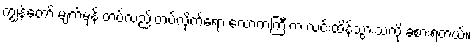
ကျွန်တော် မျက်မှန် တပ်လည်းတပ်လိုက်ရော လောကကြီးက လင်းထိန်သွားသလို ခံစားရတယ်။